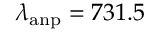
\lambda _ { \mathrm { a n p } } = 7 3 1 . 5